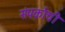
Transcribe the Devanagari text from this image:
संपर्काची